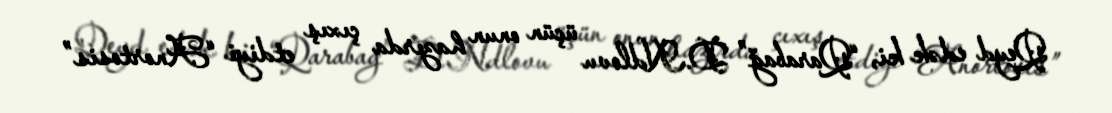
Qeyd edək ki, “Qarabağ” D.Ndlovu üçün onun hazırda çıxış etdiyi “Anortosis”